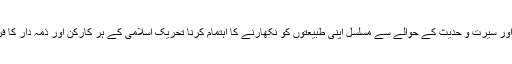
قرآن و سنت اور سیرت و حدیث کے حوالے سے مسلسل اپنی طبیعتوں کو نکھارنے کا اہتمام کرنا تحریکِ اسلامی کے ہر کارکن اور ذمہ دار کا فرض بنتا ہے۔